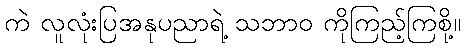
ကဲ လူလုံးပြအနုပညာရဲ့ သဘာဝ ကိုကြည့်ကြစို့။